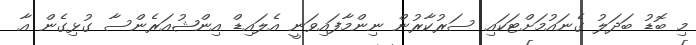
މި ބޮޑު ބަދަލު ގެނައުމަށްޓަކައި ސަރުކާރުން ނިންމާފައިވަނީ އެލައިޑް އިންޝުއަރެންސާ ގުޅިގެން އާ